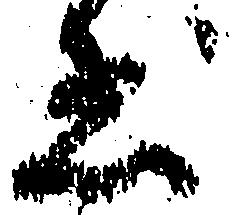
惑